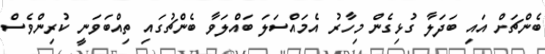
ބެންޗަށް އައި ބަދަލާ ގުޅިގެން މިހާރު އެމައްސަލަ ބައްލަވާ ބެންޗުގައި ތިއްބަވަނީ ކުރިންވެސް